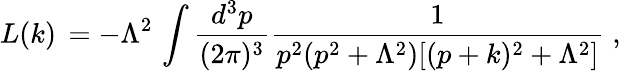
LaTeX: L(k)\, =-\Lambda^{2}\, \int\frac{d^{3}p}{(2\pi)^{3}}\frac{1}{p^{2}(p^{2}+\Lambda^{2})[(p+k)^{2}+\Lambda^{2}]}\; ,